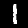
Label: 1